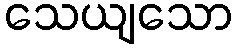
သေယျသော